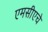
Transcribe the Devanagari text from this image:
एमसीएचे